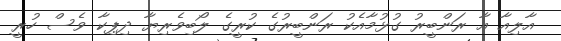
އާލިއާ އާ ރަންބީރު ގުޅުމާއެކު ރަންބީރުގެ ކުރީގެ ލޯބިވެރިޔާ ދިޕިކާ ވެސް ހުރީ